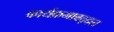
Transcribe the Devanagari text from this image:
कार्यक्रमाबद्दल